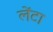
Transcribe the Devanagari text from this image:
लेंटा